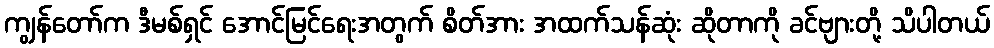
ကျွန်တော်က ဒီမစ်ရှင် အောင်မြင်ရေးအတွက် စိတ်အား အထက်သန်ဆုံး ဆိုတာကို ခင်ဗျားတို့ သိပါတယ်